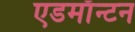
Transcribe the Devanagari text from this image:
एडमाॅन्टन